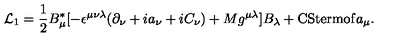
{ \cal L } _ { 1 } = \frac { 1 } { 2 } B _ { \mu } ^ { * } [ - \epsilon ^ { \mu \nu \lambda } ( \partial _ { \nu } + i a _ { \nu } + i C _ { \nu } ) + M g ^ { \mu \lambda } ] B _ { \lambda } + \mathrm { C S t e r m o f } a _ { \mu } .